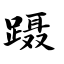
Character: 蹑